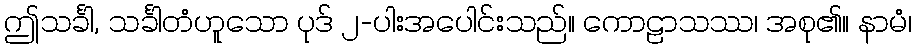
ဤသင်္ခါ, သင်္ခါတံဟူသော ပုဒ် ၂-ပါးအပေါင်းသည်။ ကောဠာသဿ၊ အစု၏။ နာမံ၊